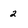
Character: 2